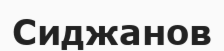
Сиджанов